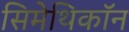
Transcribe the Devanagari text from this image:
सिमेथिकॉन